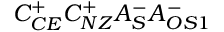
C _ { C E } ^ { + } C _ { N Z } ^ { + } A _ { S } ^ { - } A _ { O S 1 } ^ { - }